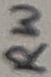
Text: RW